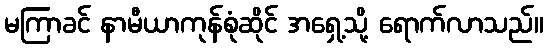
မကြာခင် နာမီယာကုန်စုံဆိုင် အရှေ့သို့ ရောက်လာသည်။